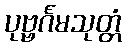
ပုဗ္ဗင်္ဂမသုတ္တံ